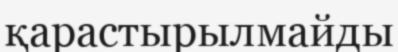
қарастырылмайды